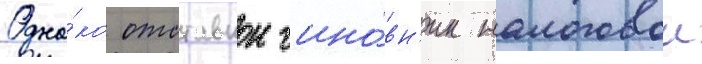
Одна́ко отставнои чино́вн'ик налоговои